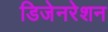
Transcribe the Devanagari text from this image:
डिजेनरेशन